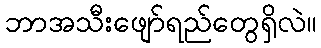
ဘာအသီးဖျော်ရည်တွေရှိလဲ။